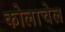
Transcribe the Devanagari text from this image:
कोलाचेल